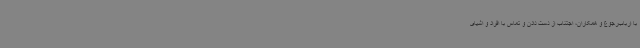
با ارباب‌رجوع و همکاران، اجتناب از دست دادن و تماس با افراد و اشیای